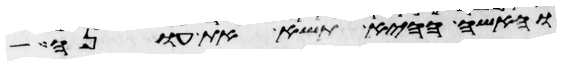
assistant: והאשה ההיא תשא את עונה